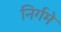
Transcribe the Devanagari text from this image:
निर्गमे